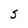
Character: s